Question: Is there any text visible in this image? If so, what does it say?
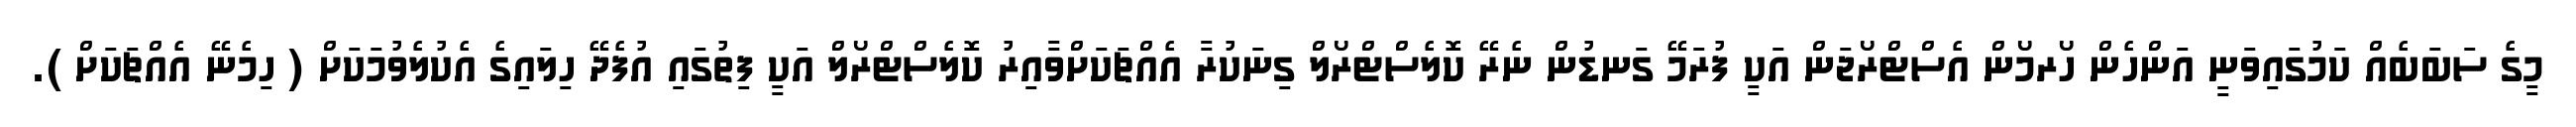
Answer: މީގެ ސަބަބެއް ކަމުގައިވަނީ އަންހެން ހޯރމޯން އެސްޓްރޯޖަން އަކީ ފުރަމޭ ގަނޑުން ނެރޭ ކޮލެސްޓްރޯލް ގިނަކުރާ އެއްޗަކަށްވާއިރު ކޮލެސްޓްރޯލް އަކީ ފިތުގައި އުފެދޭ ހިލައިގެ އެކުލެވުމަކަށް ( ހިމެނޭ އެއްޗަކަށް ).